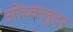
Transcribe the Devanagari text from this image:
ओच्क्लुदर